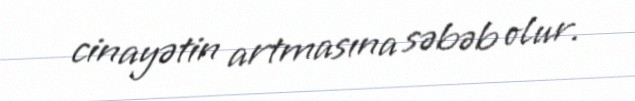
cinayətin artmasına səbəb olur.